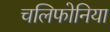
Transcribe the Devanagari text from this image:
चलिफोनिया